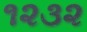
૧૨૩૨